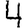
Digit: 4